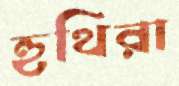
হুথিরা